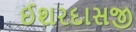
ઈશરદાસજી